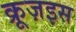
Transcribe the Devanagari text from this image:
क्रूज़इस